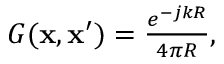
\begin{array} { r } { G ( \mathbf { x } , \mathbf { x } ^ { \prime } ) = \frac { e ^ { - j k R } } { 4 \pi R } , } \end{array}